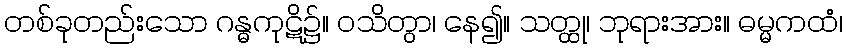
တစ်ခုတည်းသော ဂန္ဓကုဋိ၌။ ဝသိတွာ၊ နေ၍။ သတ္ထု၊ ဘုရားအား။ ဓမ္မကထံ၊